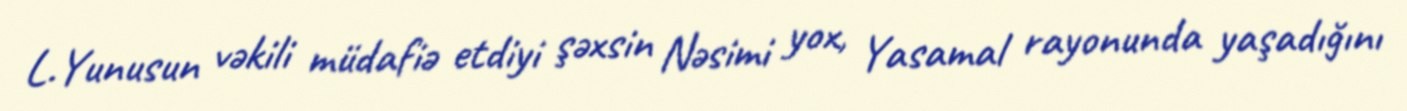
L.Yunusun vəkili müdafiə etdiyi şəxsin Nəsimi yox, Yasamal rayonunda yaşadığını